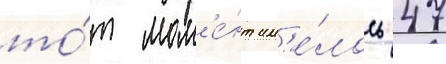
то́т мом'е́нт им'е́лось 47